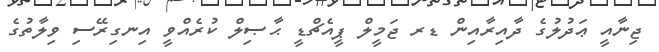
ޖިނާއީ ޢަދުލުގެ ދާއިރާއިން ޑރ ޖަމީލް ޕީއެޗްޑީ ޙާޞިލް ކުރެއްވީ އިނގިރޭސި ވިލާތުގެ